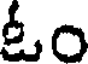
ఓం